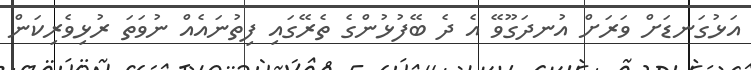
އަޅުގަނޑަށް ވަރަށް އުނދަގޫވޭ އެ ދެ ބޭފުޅުންގެ ތެރޭގައި ފިތުނައެއް ނުވަތަ ރުޅިވެރިކަން